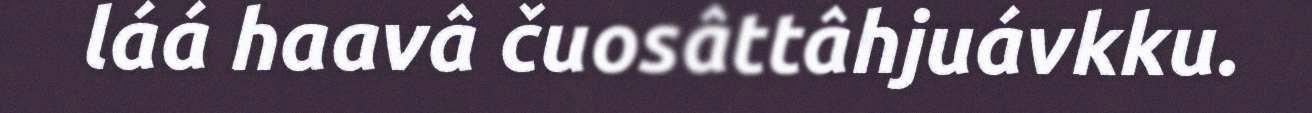
láá haavâ čuosâttâhjuávkku.